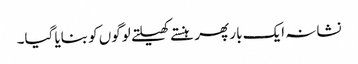
نشانہ ایک بار پھر ہنستے کھیلتے لوگوں کو بنایا گیا۔